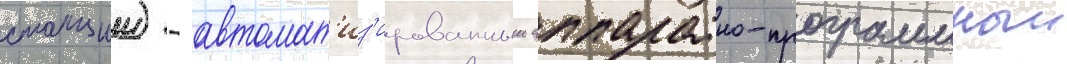
станции) - автомат'из'ированныи аппаратно-программныи